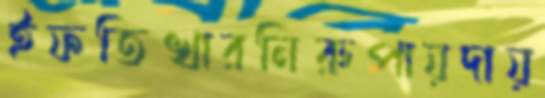
ইফতিখারনিরুপায়দায়